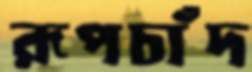
রূপচাঁদ